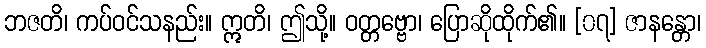
ဘဇတိ၊ ကပ်ဝင်သနည်း။ ဣတိ၊ ဤသို့။ ဝတ္တဗ္ဗော၊ ပြောဆိုထိုက်၏။ [၀၇] ဇာနန္တော၊